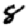
Digit: 8